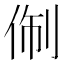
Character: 𬾑